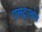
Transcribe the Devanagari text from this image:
एसट्रालोन